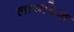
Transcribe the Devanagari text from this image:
लायडिख